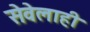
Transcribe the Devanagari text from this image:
सेवेलाही